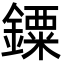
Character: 䥔